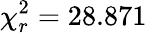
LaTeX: \chi_{r}^{2}=28.871